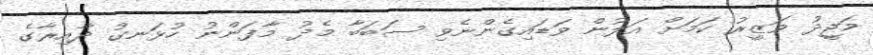
މަޖީދު ވަޒީރު ކަމަށް އަލުން ވަޑައިގެންނެވި ސަބަބާ މެދު މާފަންނު ހުޅަނގު ދާއިރާގެ